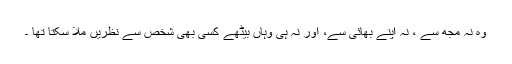
وہ نہ مجھ سے ، نہ اپنے بھائی سے، اور نہ ہی وہاں بیٹھے کسی بھی شخص سے نظریں ملا سکتا تھا ۔